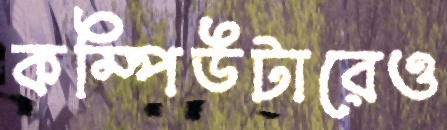
কম্পিউটারেও